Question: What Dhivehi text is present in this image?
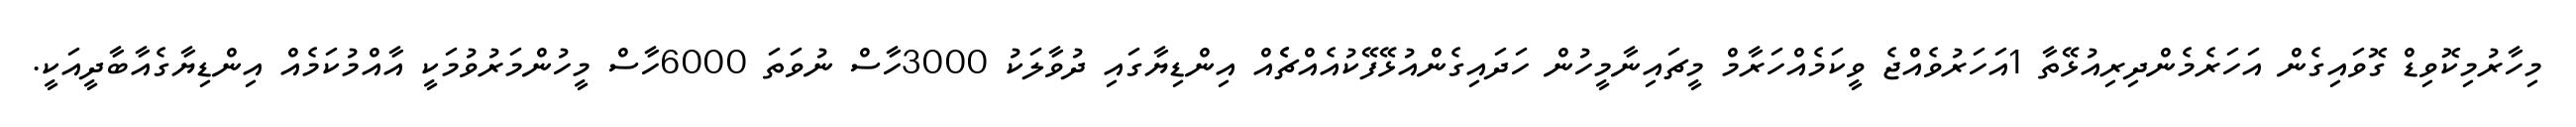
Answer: މިހާރުމިކޮވިޑް ގޮވައިގެން އަހަރެމެންދިރިއުޅޭތާ 1އަހަރުވެއްޖެ ވީކަމެއްހަރާމް މީޗައިނާމީހުން ހަދައިގެންއުޅޭފޭކުއެއްޗެެއް އިންޑިޔާގައި ދުވާލަކު 3000ހާސް ނުވަތަ 6000ހާސް މީހުންމަރުވުމަކީ އާއްމުކަމެއް އިންޑިޔާގެއާބާދީއަކީ.